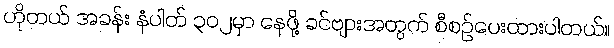
ဟိုတယ် အခန်း နံပါတ် ၃၀၂မှာ နေဖို့ ခင်ဗျားအတွက် စီစဉ်ပေးထားပါတယ်။